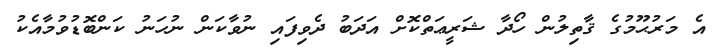
އެ މަރުޙޫމުގެ ޤާތިލުން ހޯދާ ޝަރީޢަތްކޮށް އަދަބު ދެވިފައި ނުވާކަން ނުހަނު ކަންބޮޑުވުމާއެކު